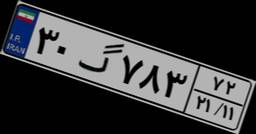
۴۴گ۸۰۶۸۹